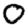
Digit: 0